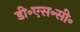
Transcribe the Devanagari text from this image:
डी॰एस॰सी॰